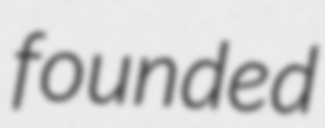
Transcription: founded